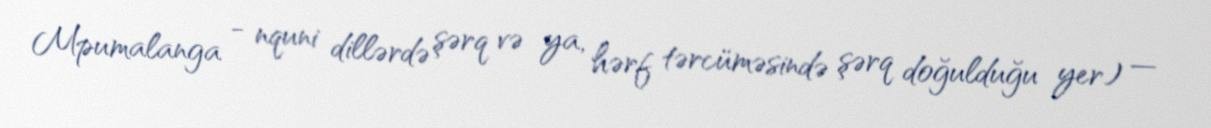
Mpumalanga - nquni dillərdə şərq və ya, hərf tərcüməsində şərq doğulduğu yer) —